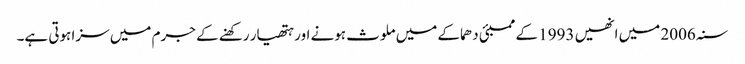
سنہ 2006 میں انھیں 1993 کے ممبئی دھماکے میں ملوث ہونے اور ہتھیار رکھنے کے جرم میں سزا ہوتی ہے۔